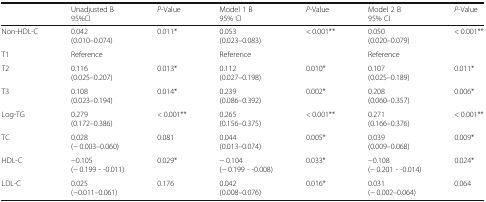
|  | Unadjusted Β95%CI | P-Value | Model 1 Β95% CI | P-Value | Model 2 Β95% CI | P-Value |
 | --- | --- | --- | --- | --- | --- | --- |
 | Non-HDL-C | 0.042(0.010–0.074) | 0.011* | 0.053(0.023–0.083) | < 0.001** | 0.050(0.020–0.079) | < 0.001** |
 | T1 | Reference |  | Reference |  | Reference |  |
 | T2 | 0.116(0.025–0.207) | 0.013* | 0.112(0.027–0.198) | 0.010* | 0.107(0.025–0.189) | 0.011* |
 | T3 | 0.108(0.023–0.194) | 0.014* | 0.239(0.086–0.392) | 0.002* | 0.208(0.060–0.357) | 0.006* |
 | Log-TG | 0.279(0.172–0.386) | < 0.001** | 0.265(0.156–0.375) | < 0.001** | 0.271(0.166–0.376) | < 0.001** |
 | TC | 0.028(− 0.003–0.060) | 0.081 | 0.044(0.013–0.074) | 0.005* | 0.039(0.009–0.068) | 0.009* |
 | HDL-C | −0.105(− 0.199 - -0.011) | 0.029* | − 0.104(− 0.199 - -0.008) | 0.033* | −0.108(− 0.201 - -0.014) | 0.024* |
 | LDL-C | 0.025(−0.011–0.061) | 0.176 | 0.042(0.008–0.076) | 0.016* | 0.031(− 0.002–0.064) | 0.064 |